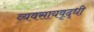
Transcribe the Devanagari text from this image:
व्यवसायवृद्धी